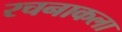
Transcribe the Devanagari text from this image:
रचनाकला